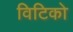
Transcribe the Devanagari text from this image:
विटिको